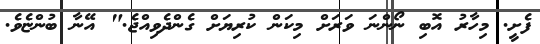
ފެށީ. މިހާރު އޮބި ނޯންނަ ވަރަށް މިކަން ކުރިޔަށް ގެންދެވިއްޖެ." އޭނާ ބުންޏެވެ.